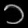
Digit: ၁